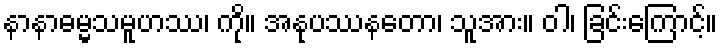
နာနာဓမ္မသမူဟဿ၊ ကို။ အနုပဿနတော၊ သူအား။ ဝါ၊ ခြင်းကြောင့်။